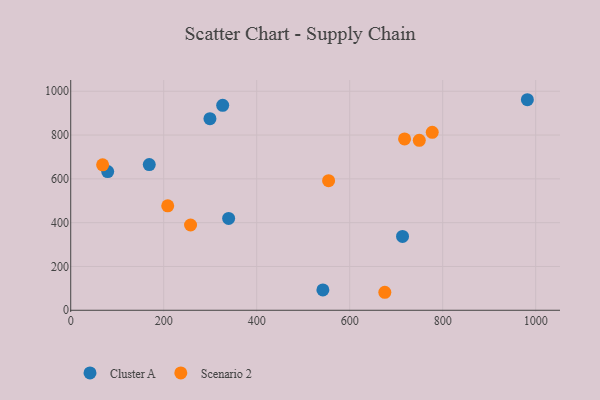
{"axis": {"x": "Price", "y": "Yield"}, "legend": ["Cluster A", "Scenario 2"], "data": [{"x": "339.6", "y": 419.4, "type": "Cluster A"}, {"x": "713.6", "y": 337.0, "type": "Cluster A"}, {"x": "542.3", "y": 93.0, "type": "Cluster A"}, {"x": "326.8", "y": 935.8, "type": "Cluster A"}, {"x": "982.1", "y": 961.2, "type": "Cluster A"}, {"x": "299.4", "y": 874.6, "type": "Cluster A"}, {"x": "79.5", "y": 633.4, "type": "Cluster A"}, {"x": "168.9", "y": 665.0, "type": "Cluster A"}, {"x": "675.5", "y": 82.2, "type": "Scenario 2"}, {"x": "68.6", "y": 664.1, "type": "Scenario 2"}, {"x": "777.5", "y": 812.2, "type": "Scenario 2"}, {"x": "257.7", "y": 389.2, "type": "Scenario 2"}, {"x": "718.0", "y": 782.3, "type": "Scenario 2"}, {"x": "554.6", "y": 591.8, "type": "Scenario 2"}, {"x": "208.6", "y": 476.7, "type": "Scenario 2"}, {"x": "749.6", "y": 775.7, "type": "Scenario 2"}]}